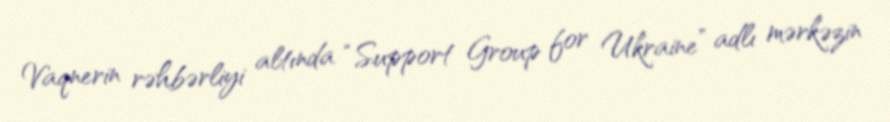
Vaqnerin rəhbərliyi altında “Support Group for Ukraine” adlı mərkəzin